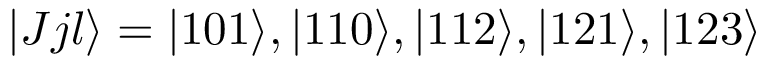
| J j l \rangle = | 1 0 1 \rangle , | 1 1 0 \rangle , | 1 1 2 \rangle , | 1 2 1 \rangle , | 1 2 3 \rangle